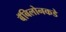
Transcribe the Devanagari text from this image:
बॅबिलोनकडे